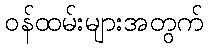
ဝန်ထမ်းများအတွက်